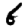
Digit: 6